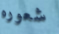
شعوره